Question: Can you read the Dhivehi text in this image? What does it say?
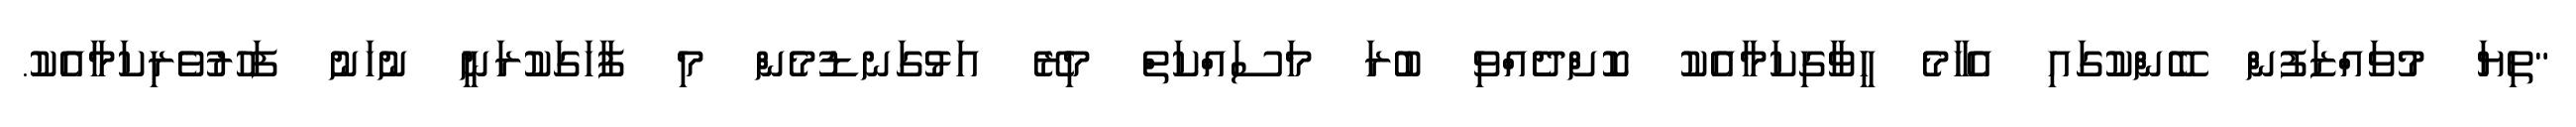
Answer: "ތިޔަ މުވައްޒަފުން ބޭންކުގައި އެހާމެ ހީވާގިކަމާއެކު ކޮށްދެއްވި ބުރަ މަސައްކަތް މިރޭ އަޅުގަނޑުމެން މި ފާހަގަކުރަނީ ނުހަނު ފަހުރުވެރިކަމާއެކު.